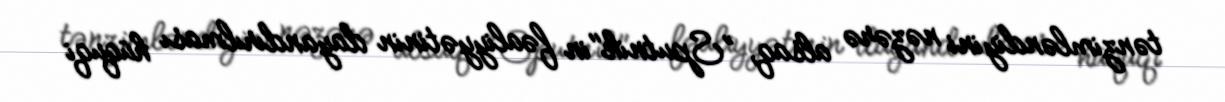
tənzimləndiyini nəzərə alsaq, ”Sputnik"in fəaliyyətinin dayandırılması hüquqi